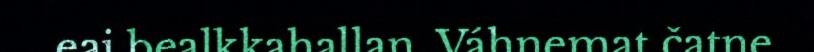
eai bealkkahallan. Váhnemat čatne